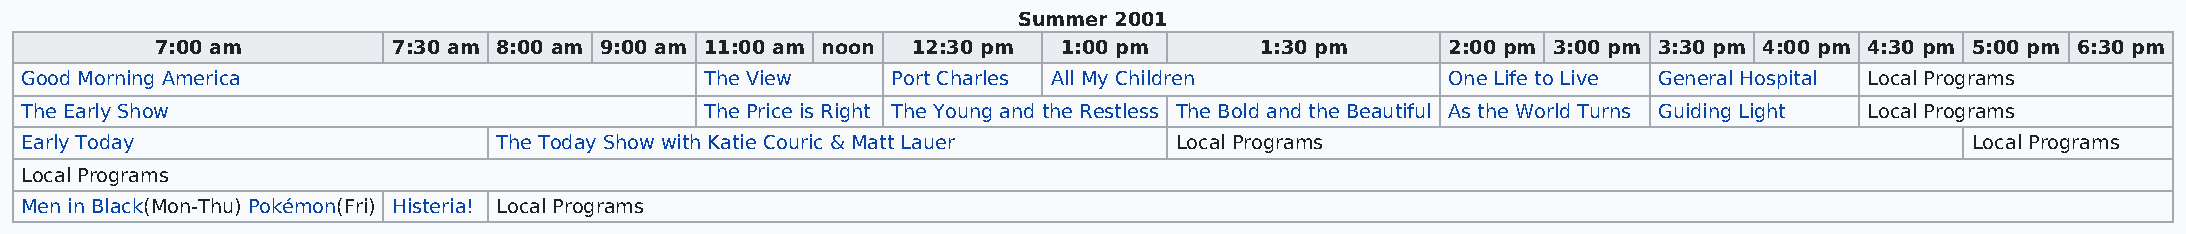
Summer 2001
 7:00 am         7:30 am 8:00 am 9:00 am 11:00 am noon 12:30 pm 1:00 pm   1:30 pm      2:00 pm 3:00 pm 3:30 pm 4:00 pm 4:30 pm 5:00 pm 6:30 pm
 Good Morning America                          The View    Port Charles All My Children         One Life to Live General Hospital Local Programs
 The Early Show                                The Price is Right The Young and the Restless The Bold and the Beautiful As the World Turns Guiding Light Local Programs
 Early Today                     The Today Show with Katie Couric & Matt Lauer Local Programs                                      Local Programs
 Local Programs
 Men in Black(Mon-Thu) Pokémon(Fri) Histeria! Local Programs